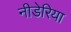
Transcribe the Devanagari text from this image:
नीडेरिया